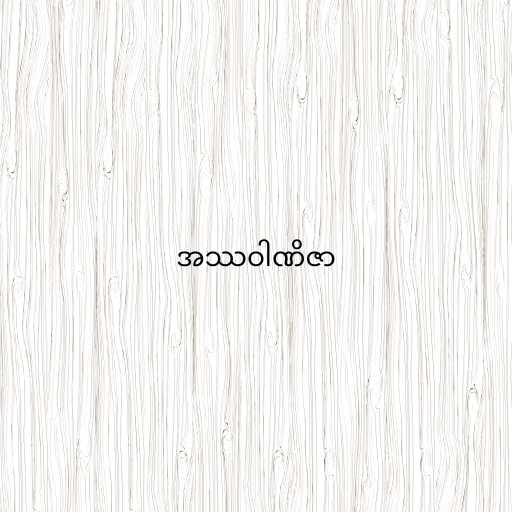
အဿဝါဏိဇာ